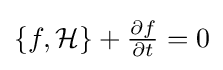
{\textstyle \{f,{\mathcal {H}}\}+{\frac {\partial f}{\partial t}}=0}